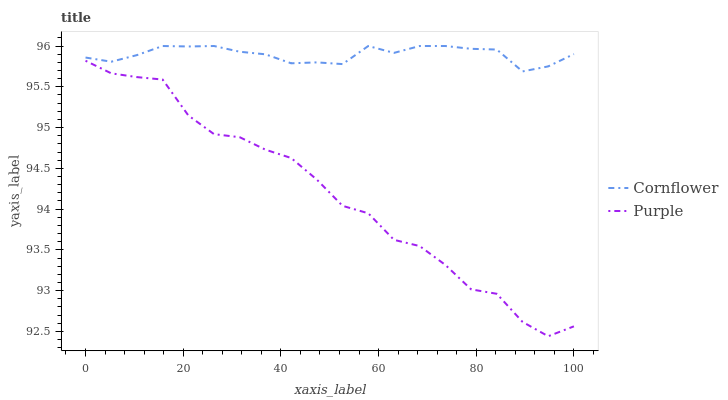
| xaxis_label | Cornflower | Purple |
 | --- | --- | --- |
 | 0 | 95.9 | 95.8 |
 | 5.26 | 95.8 | 95.7 |
 | 10.5 | 95.9 | 95.6 |
 | 15.8 | 96 | 95.6 |
 | 21.1 | 96 | 95.1 |
 | 26.3 | 96 | 94.9 |
 | 31.6 | 95.9 | 94.9 |
 | 36.8 | 95.9 | 94.7 |
 | 42.1 | 95.8 | 94.6 |
 | 47.4 | 95.8 | 94.4 |
 | 52.6 | 95.8 | 94 |
 | 57.9 | 96 | 93.9 |
 | 63.2 | 95.9 | 93.6 |
 | 68.4 | 96 | 93.5 |
 | 73.7 | 96 | 93.3 |
 | 78.9 | 96 | 93 |
 | 84.2 | 96 | 93 |
 | 89.5 | 95.7 | 92.6 |
 | 94.7 | 95.8 | 92.4 |
 | 100 | 95.9 | 92.6 |